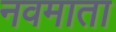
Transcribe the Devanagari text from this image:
नवमाता